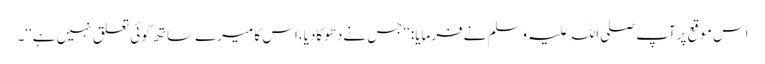
اس موقع پرآپ صلی اللہ علیہ وسلم نےفرمایا:‘‘جس نےدھوکادیا،اس کا میرے ساتھ کوئی تعلق نہیں ہے‘‘۔